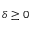
\delta \ge 0